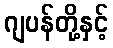
ဂျပန်တို့နှင့်